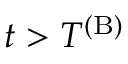
t > T ^ { \mathrm { ( B ) } }